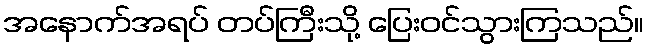
အနောက်အရပ် တပ်ကြီးသို့ ပြေးဝင်သွားကြသည်။